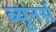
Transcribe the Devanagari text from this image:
ब्यूनर्स